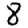
Digit: 8